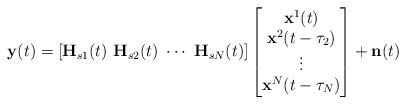
LaTeX: \begin{align*}\mathbf{y}(t)=\left[\mathbf{H}_{s1}(t)\,\, \mathbf{H}_{s2}(t)\,\, \cdots \,\, \mathbf{H}_{sN}(t)\right]\begin{bmatrix}\mathbf{x}^1(t)\\\mathbf{x}^2(t-\tau_2)\\\vdots\\\mathbf{x}^N(t-\tau_N)\end{bmatrix}+\mathbf{n}(t)\end{align*}